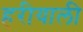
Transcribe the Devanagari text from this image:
हरीयाली